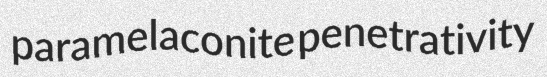
paramelaconite penetrativity